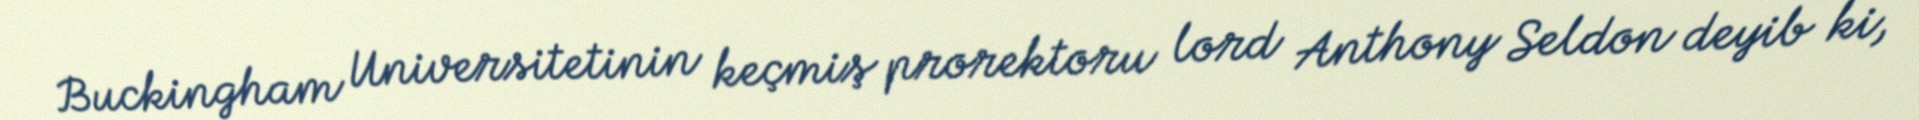
Buckingham Universitetinin keçmiş prorektoru lord Anthony Seldon deyib ki,